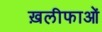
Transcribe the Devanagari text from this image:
ख़लीफाओं